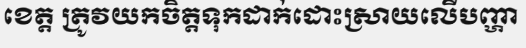
ខេត្ត ត្រូវយកចិត្តទុកដាក់ដោះស្រាយលើបញ្ហា